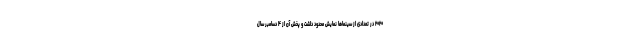
۲۰۲۰ در تعدادی از سینماها نمایش محدود داشت و پخش آن از ۴ دسامبر سال